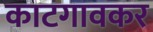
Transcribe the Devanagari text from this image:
काटगावकर